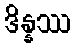
ဒိန္နဿ